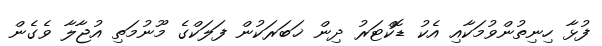
ފުޅާ ހިނިތުންވުމަކާއި އެކު ޑޮކްޓަރު ދިން ޚަބަރަކުން ފަލަކްގެ މޫނުމަތި އުޖާލާ ވެގެން